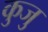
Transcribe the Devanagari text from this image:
कुजु